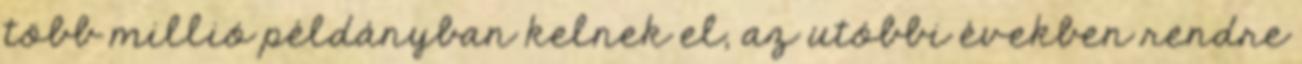
több millió példányban kelnek el, az utóbbi években rendre